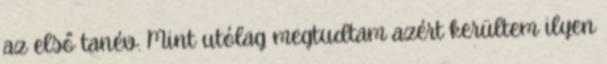
az első tanév. Mint utólag megtudtam azért kerültem ilyen